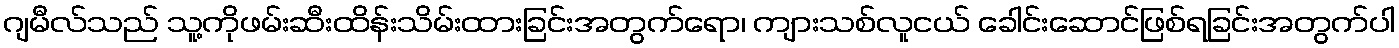
ဂျမီလ်သည် သူ့ကိုဖမ်းဆီးထိန်းသိမ်းထားခြင်းအတွက်ရော၊ ကျားသစ်လူငယ် ခေါင်းဆောင်ဖြစ်ရခြင်းအတွက်ပါ